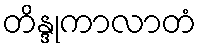
တိန္ဒုကာလာတံ